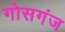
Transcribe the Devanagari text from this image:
गोसगंज